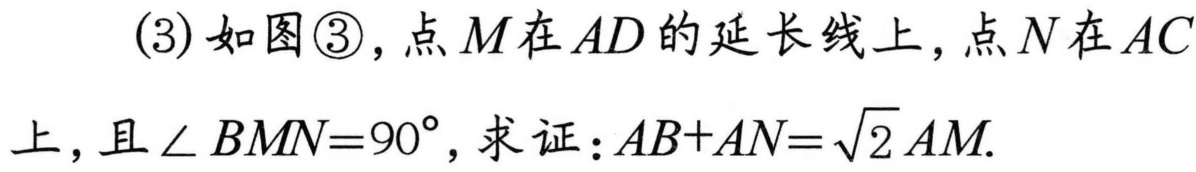
(3) 如图\textcircled{3}，点\(M\)在\(AD\)的延长线上，点\(N\)在\(AC\)上，且\(\angle BMN = 90^{\circ}\)，求证：\(AB + AN=\sqrt{2}AM\).